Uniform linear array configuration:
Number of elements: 48
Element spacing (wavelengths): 0.75
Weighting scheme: cosine
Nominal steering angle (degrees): -30
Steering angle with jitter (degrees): -29.166
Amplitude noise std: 0.05
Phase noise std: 0.05

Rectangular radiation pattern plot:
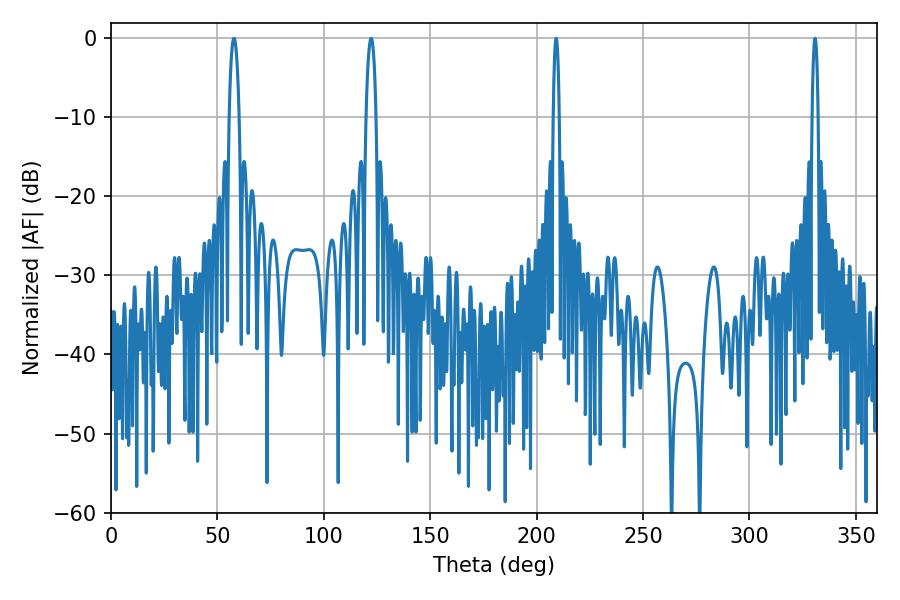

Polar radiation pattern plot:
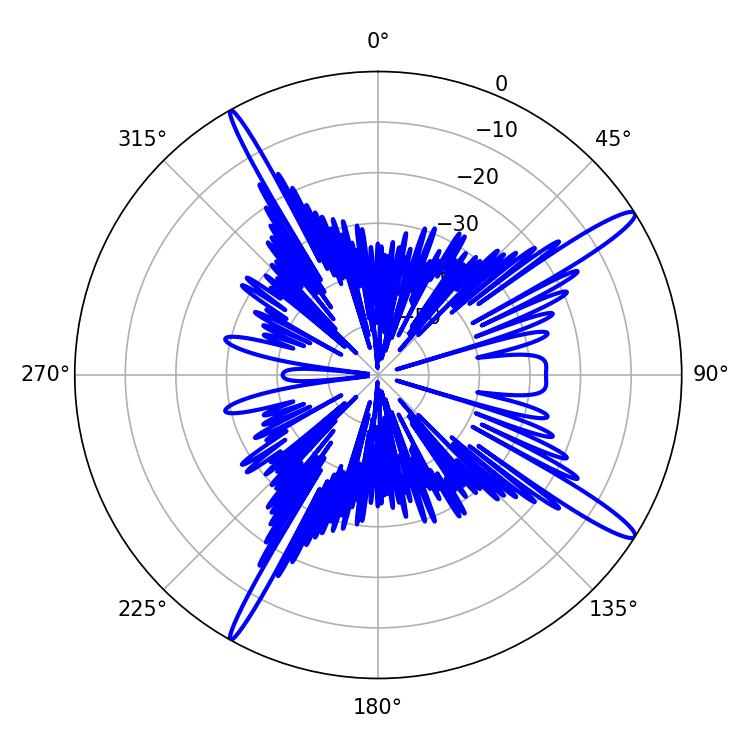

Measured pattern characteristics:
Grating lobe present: TRUE
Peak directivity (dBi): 15.387
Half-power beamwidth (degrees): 2.52
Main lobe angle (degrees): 57.78